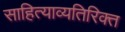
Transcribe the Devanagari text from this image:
साहित्याव्यतिरिक्त